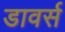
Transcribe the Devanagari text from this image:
डावर्स